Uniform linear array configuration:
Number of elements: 4
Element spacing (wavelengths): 0.5
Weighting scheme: hann
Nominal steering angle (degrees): -30
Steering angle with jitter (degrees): -28.051
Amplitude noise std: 0.05
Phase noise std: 0.05

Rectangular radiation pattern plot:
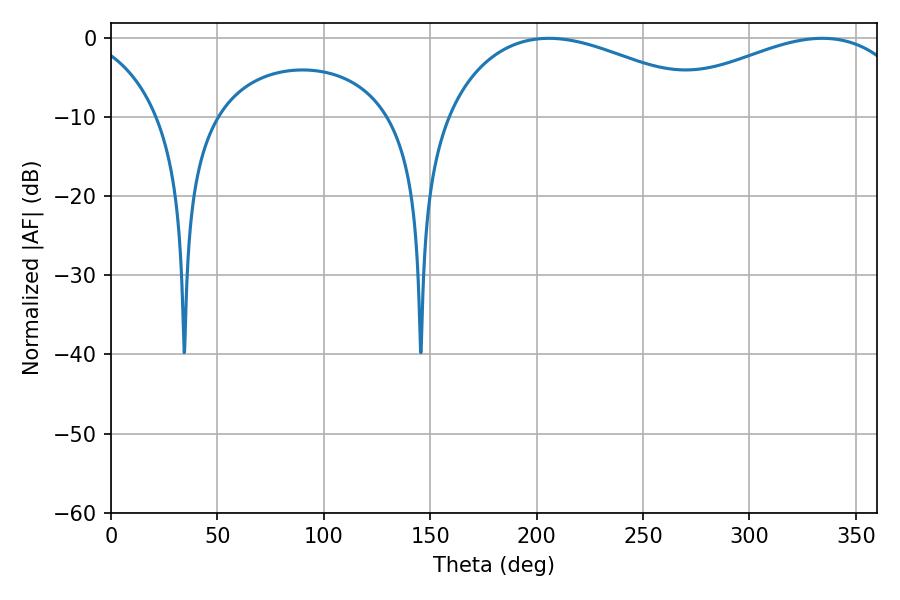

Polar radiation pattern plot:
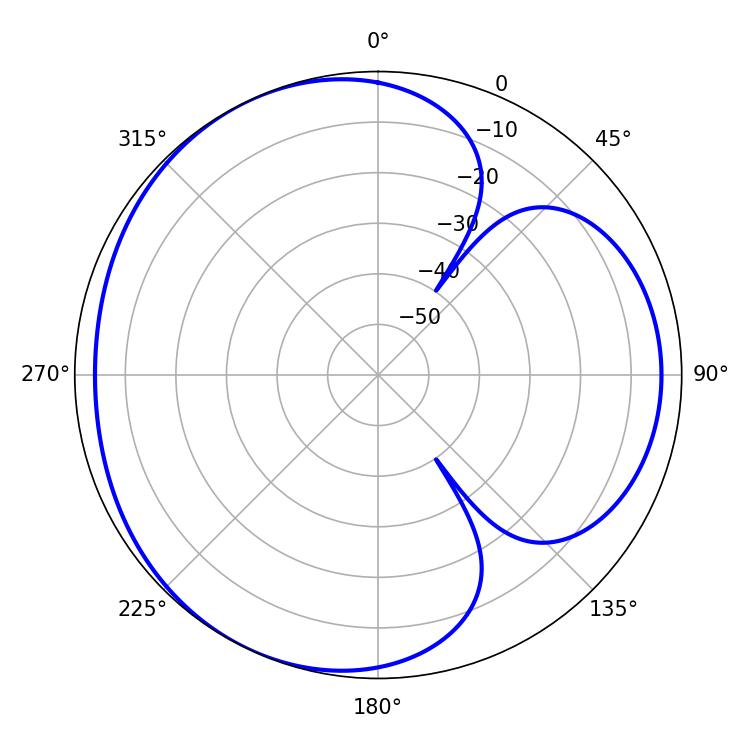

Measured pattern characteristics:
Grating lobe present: FALSE
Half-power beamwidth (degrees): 72.72
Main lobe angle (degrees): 205.74